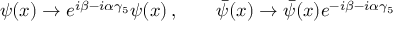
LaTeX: \psi ( x ) \to e ^ { i \beta - i \alpha \gamma _ { 5 } } \psi ( x ) \, , \qquad \bar { \psi } ( x ) \to \bar { \psi } ( x ) e ^ { - i \beta - i \alpha \gamma _ { 5 } }